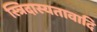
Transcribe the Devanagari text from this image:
स्त्रिदास्यतावादि